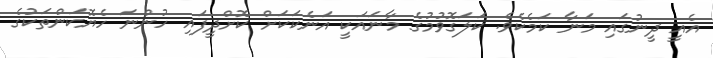
އެއީ ދީނުގައި މަނާ ކަމެކެވެ. ކަލަގޮވުމުގެ މާނައަކީ އަނެކަކަށް ކޮށްދީފައި ހުންނަ ހެޔޮކަންތަކުގެ